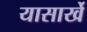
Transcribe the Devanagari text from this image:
यासार्खे